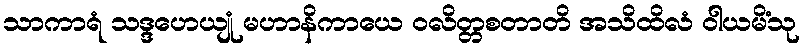
သာကာရံ သဒ္ဒဟေယျုံ မဟာနိကာယေ ဝလိတ္တစတာတိ အသိထိလံ ဝါယမိံသု